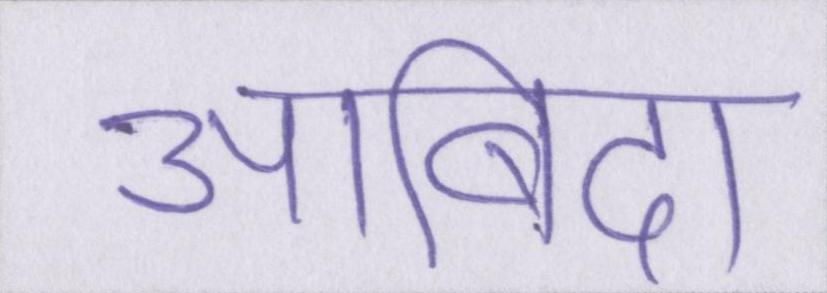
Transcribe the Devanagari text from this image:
आबिदा